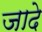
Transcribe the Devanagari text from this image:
जादे